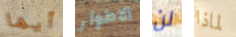
أيها الاطوار لن لماذا